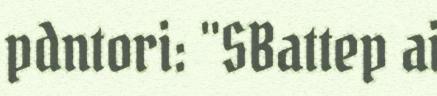
pdntori: "SBattep ai